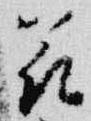
花